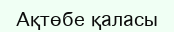
Ақтөбе қаласы